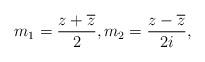
LaTeX: \begin{align*}m_{1}=\frac{z+\overline{z}}{2},m_{2}=\frac{z-\overline{z}}{2i},\end{align*}